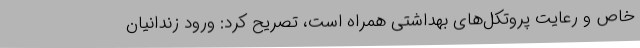
خاص و رعایت پروتکل‌های بهداشتی همراه است، تصریح کرد: ورود زندانیان